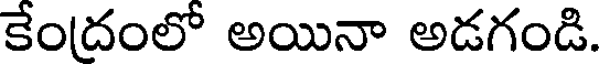
కేందంలో అయినా అడగండి.